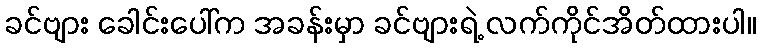
ခင်ဗျား ခေါင်းပေါ်က အခန်းမှာ ခင်ဗျားရဲ့ လက်ကိုင်အိတ်ထားပါ။